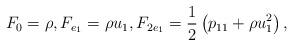
LaTeX: \begin{align*} F_0=\rho, F_{e_1}=\rho u_1, F_{2e_1}=\frac{1}{2}\left( p_{11}+\rho u_1^2 \right),\end{align*}